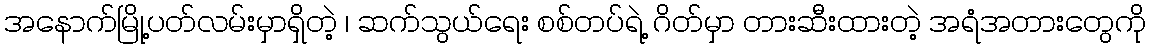
အနောက်မြို့ပတ်လမ်းမှာရှိတဲ့ ၊ ဆက်သွယ်ရေး စစ်တပ်ရဲ့ ဂိတ်မှာ တားဆီးထားတဲ့ အရံအတားတွေကို